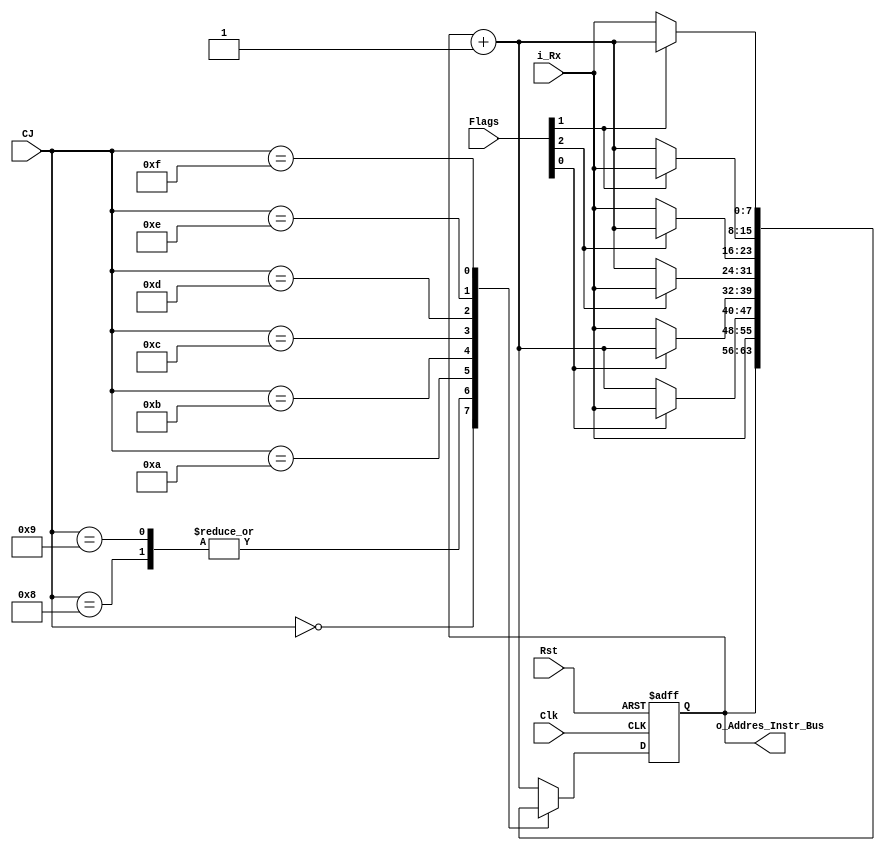
`timescale 1ns / 1ps
//////////////////////////////////////////////////////////////////////////////////
// Company: UAZ
// 
// Design Name: 
// Module Name: jump
// Project Name: 
// Target Devices: 
// Tool Versions: 
// Description: 
// 
// Dependencies: 
// 
// Revision:
// Revision 0.01 - File Created
// Additional Comments:
// 
//////////////////////////////////////////////////////////////////////////////////


module jump(
    input Rst,
    input Clk,
    input [3:0] CJ,
    input [7:0] i_Rx,
    input [2:0] Flags,
    output [7:0] o_Addres_Instr_Bus
    );
    
    reg [7:0] PC;
    
    always @(posedge Clk, posedge Rst) begin
        if(Rst)
            PC<=0;
        else
            case (CJ)
                4'b0000:
                    PC<=PC;
                4'b0001: // etapa de decodificacion de intruccion
                    PC<=PC+1'b1;
                4'b1000:
                    PC<=i_Rx;
                4'b1001:
                    PC<=i_Rx;
                4'b1010:
                    if(Flags[0])
                        PC<=i_Rx;
                    else
                        PC<=PC+1'b1;
                4'b1011:
                    if(~Flags[0])
                        PC<=i_Rx;
                    else
                            PC<=PC+1'b1;                        
                4'b1100:
                    if(Flags[2])
                        PC<=i_Rx;
                    else
                            PC<=PC+1'b1;                        
                4'b1101:
                    if(~Flags[2])
                        PC<=i_Rx;
                    else
                            PC<=PC+1'b1;                        
                4'b1110:
                    if(Flags[1])
                        PC<=i_Rx;
                    else
                            PC<=PC+1'b1;
                4'b1111:
                    if(~Flags[1])
                        PC<=i_Rx;
                    else
                            PC<=PC+1'b1;
                default: PC<=PC+1'b1;
            endcase
    end
    assign o_Addres_Instr_Bus=PC;
    
endmodule